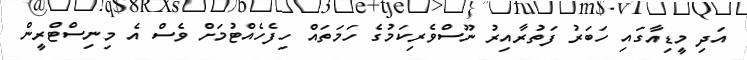
އަދި މީޑިއާގައި ހަބަރު ފަތުރާއިރު ނޫސްވެރިކަމުގެ ހަމަތައް ހިފެހެއްޓުމަށް ވެސް އެ މިނިސްޓްރީން